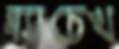
ব্ল্যাচেখ